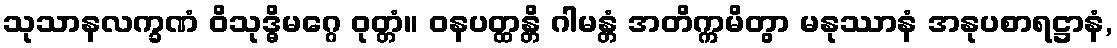
သုသာနလက္ခဏံ ဝိသုဒ္ဓိမဂ္ဂေ ဝုတ္တံ။ ဝနပတ္ထန္တိ ဂါမန္တံ အတိက္ကမိတွာ မနုဿာနံ အနုပစာရဋ္ဌာနံ,